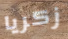
زكريا